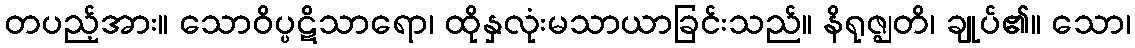
တပည့်အား။ သောဝိပ္ပဋိသာရော၊ ထိုနှလုံးမသာယာခြင်းသည်။ နိရုဇ္ဈတိ၊ ချုပ်၏။ သော၊